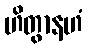
ဟိတွာနဟံ